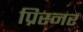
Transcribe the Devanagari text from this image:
प्रिस्नर